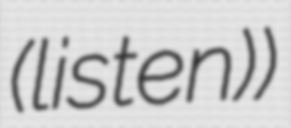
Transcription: (listen))